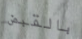
بالقبض